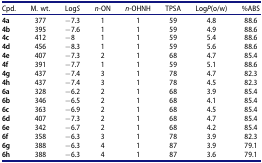
| Cpd. | M. wt. | LogS | n-ON | n-OHNH | TPSA | LogP(o/w) | %ABS |
 | --- | --- | --- | --- | --- | --- | --- | --- |
 | 4a | 377 | −7.3 | 1 | 1 | 59 | 4.8 | 88.6 |
 | 4b | 395 | −7.6 | 1 | 1 | 59 | 4.9 | 88.6 |
 | 4c | 412 | −8 | 1 | 1 | 59 | 5.4 | 88.6 |
 | 4d | 456 | −8.3 | 1 | 1 | 59 | 5.6 | 88.6 |
 | 4e | 407 | −7.3 | 2 | 1 | 68 | 4.7 | 85.4 |
 | 4f | 391 | −7.7 | 1 | 1 | 59 | 5.1 | 88.6 |
 | 4g | 437 | −7.4 | 3 | 1 | 78 | 4.7 | 82.3 |
 | 4h | 437 | −7.4 | 3 | 1 | 78 | 4.5 | 82.3 |
 | 6a | 328 | −6.2 | 2 | 1 | 68 | 3.9 | 85.4 |
 | 6b | 346 | −6.5 | 2 | 1 | 68 | 4.1 | 85.4 |
 | 6c | 363 | −6.9 | 2 | 1 | 68 | 4.5 | 85.4 |
 | 6d | 407 | −7.3 | 2 | 1 | 68 | 4.7 | 85.4 |
 | 6e | 342 | −6.7 | 2 | 1 | 68 | 4.2 | 85.4 |
 | 6f | 358 | −6.3 | 3 | 1 | 78 | 3.9 | 82.3 |
 | 6g | 388 | −6.3 | 4 | 1 | 87 | 3.9 | 79.1 |
 | 6h | 388 | −6.3 | 4 | 1 | 87 | 3.6 | 79.1 |